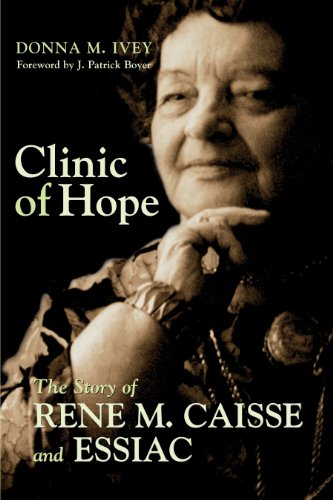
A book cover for Clinic of Hope: The Story of Rene Caisse and Essiac; Donna M. Ivey; Biographies & Memoirs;